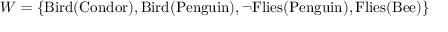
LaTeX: W = \{ \mathrm { B i r d } ( \mathrm { C o n d o r } ) , \mathrm { B i r d } ( \mathrm { P e n g u i n } ) , \neg \mathrm { F l i e s } ( \mathrm { P e n g u i n } ) , \mathrm { F l i e s } ( \mathrm { B e e } ) \}